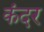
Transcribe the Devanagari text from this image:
कंदर